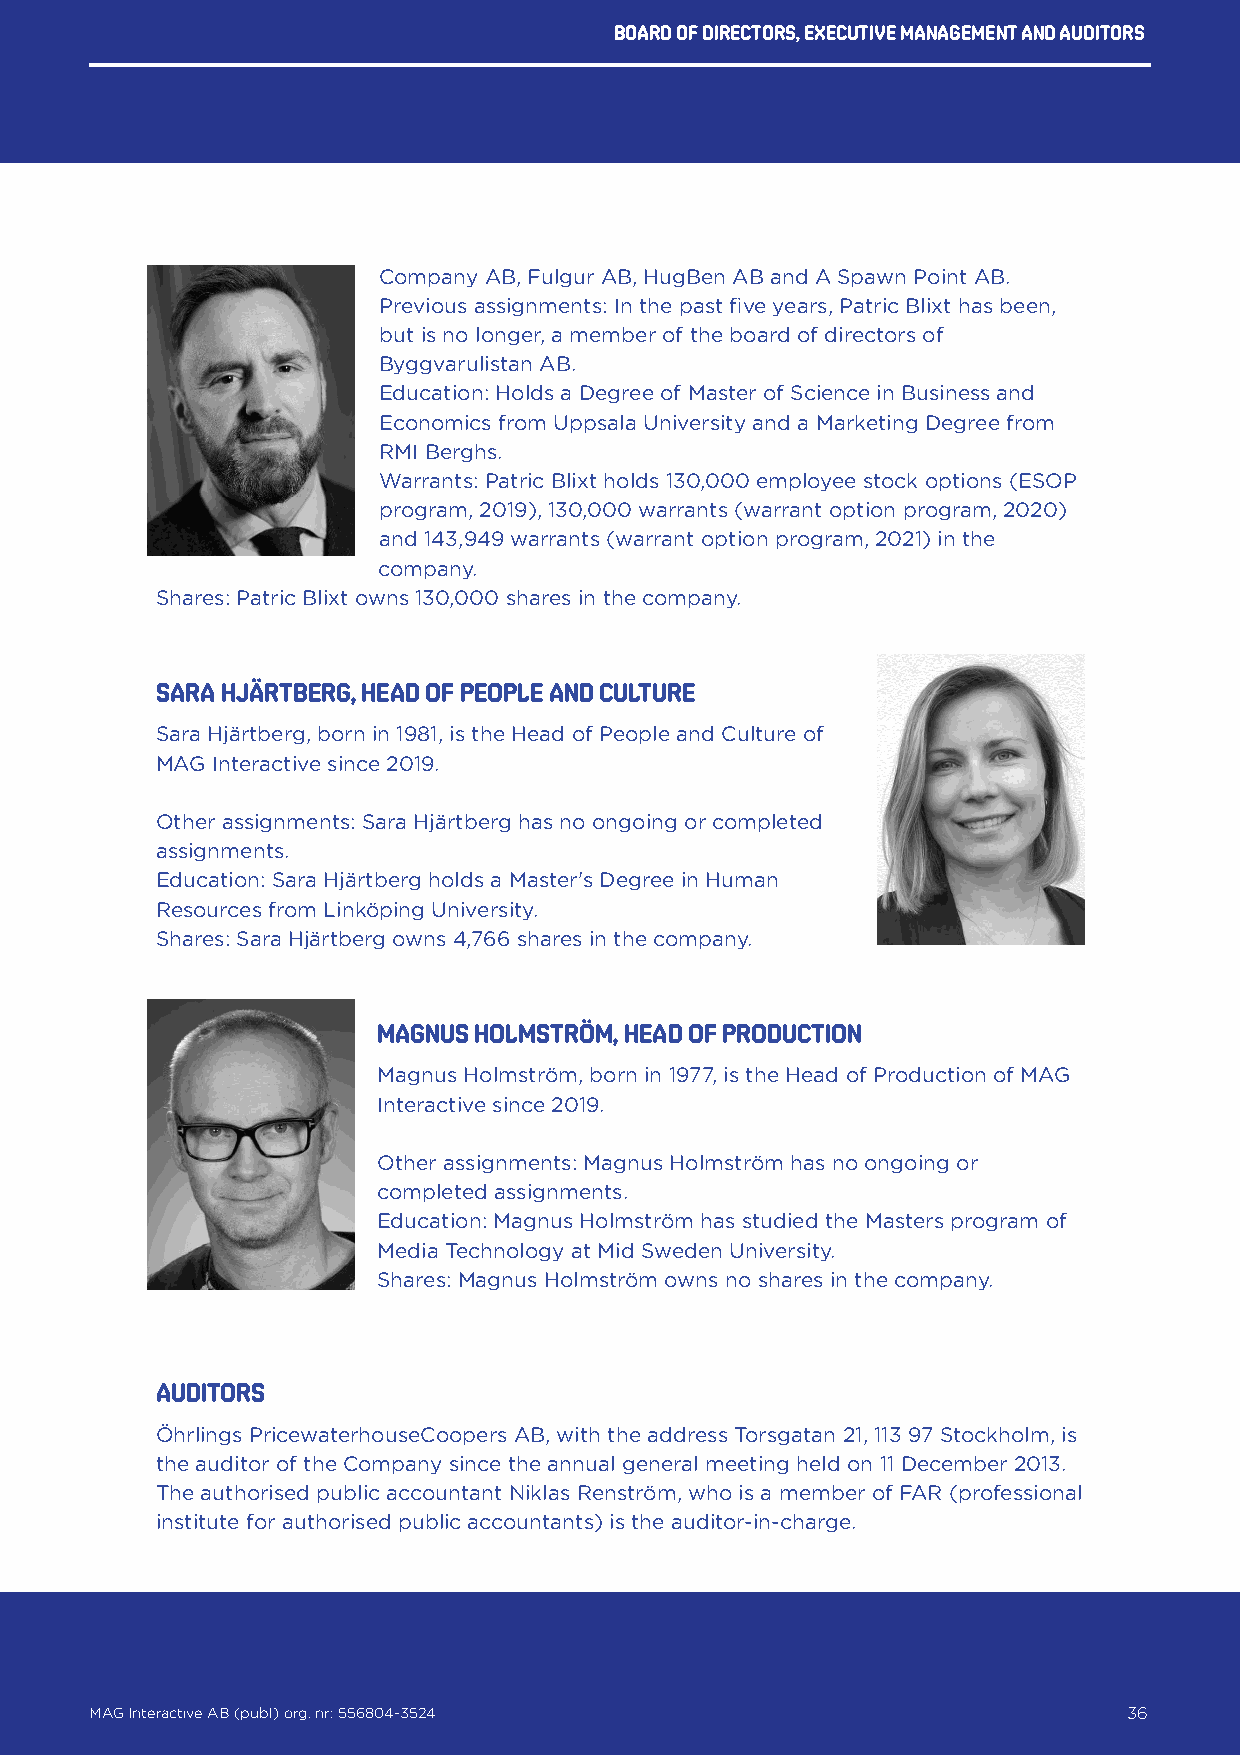
Board of directors, executive management and auditors
 Company AB, Fulgur AB, HugBen AB and A Spawn Point AB.
 Previous assignments: In the past five years, Patric Blixt has been,
 but is no longer, a member of the board of directors of
 Byggvarulistan AB.
 Education: Holds a Degree of Master of Science in Business and
 Economics from Uppsala University and a Marketing Degree from
 RMI Berghs.
 Warrants: Patric Blixt holds 130,000 employee stock options (ESOP
 program, 2019), 130,000 warrants (warrant option program, 2020)
 and 143,949 warrants (warrant option program, 2021) in the
 company.
 Shares: Patric Blixt owns 130,000 shares in the company.
 SARA HJÄRTBERG, head of people and culture
 Sara Hjärtberg, born in 1981, is the Head of People and Culture of
 MAG Interactive since 2019.
 Other assignments: Sara Hjärtberg has no ongoing or completed
 assignments.
 Education: Sara Hjärtberg holds a Master's Degree in Human
 Resources from Linköping University.
 Shares: Sara Hjärtberg owns 4,766 shares in the company.
 MAGNUS HOLMSTRÖM, head of production
 Magnus Holmström, born in 1977, is the Head of Production of MAG
 Interactive since 2019.
 Other assignments: Magnus Holmström has no ongoing or
 completed assignments.
 Education: Magnus Holmström has studied the Masters program of
 Media Technology at Mid Sweden University.
 Shares: Magnus Holmström owns no shares in the company.
 Auditors
 Öhrlings PricewaterhouseCoopers AB, with the address Torsgatan 21, 113 97 Stockholm, is
 the auditor of the Company since the annual general meeting held on 11 December 2013.
 The authorised public accountant Niklas Renström, who is a member of FAR (professional
 institute for authorised public accountants) is the auditor-in-charge.
 MAG Interactive AB (publ) org. nr: 556804-3524                   36
 MAG Interactive AB (publ) org. nr: 556804-3524                       36